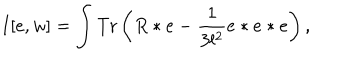
I [ e , w ] = \int \mathrm { T r } \left( R * e - { \frac { 1 } { 3 l ^ { 2 } } } e * e * e \right) ,